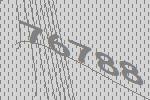
76788